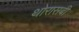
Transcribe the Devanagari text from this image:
थोरासबी